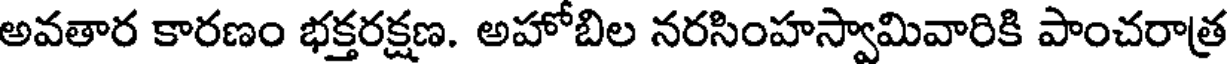
అవతార కారణం భక్తరక్షణ. అహోబిల నరసింహస్వామివారికి పాంచరాత్ర